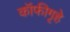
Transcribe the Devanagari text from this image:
कॉफीगृहे